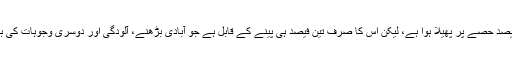
بظاہر تو پانی دنیا کے 70 فیصد حصے پر پھیلا ہوا ہے، لیکن اس کا صرف تین فیصد ہی پینے کے قابل ہے جو آبادی بڑھنے، آلودگی اور دوسری وجوہات کی بنا پر ناکافی ثابت ہو رہا ہے۔